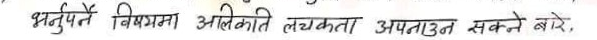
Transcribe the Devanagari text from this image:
भर्तुपर्ने विषयमा अलिकति लचकता अपनाउन सक्ने बारे,